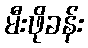
မီးဖိုခန်း